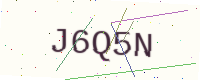
Text: J6Q5N